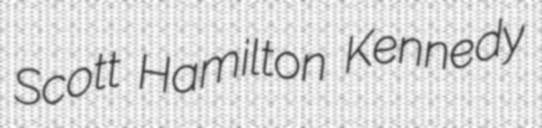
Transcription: Scott Hamilton Kennedy